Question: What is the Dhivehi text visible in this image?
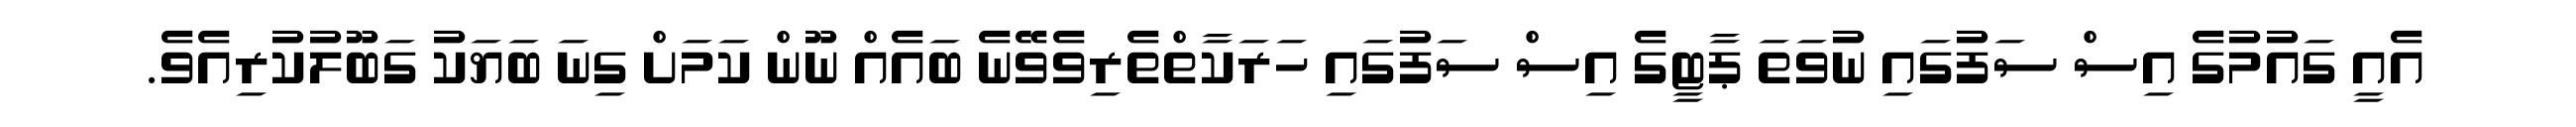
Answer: އެއީ ގައުމުގެ އިސް ސަފުގައި ނުވަތަ ޕާޓީގެ އިސް ސަފުގައި ހަރަކާތްތެރިވެވޭނެ ބައެއް ނޫން ކަމަށް ގިނަ ބަޔަކު ގަބޫލުކުރިއެވެ.